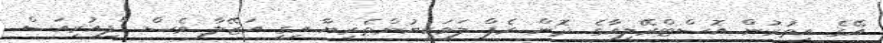
އޭގެ އިތުރުން އޮސްޓްރޭލިއާގެ ދޮން ރެޕް ލަވަކިޔުންތެރިޔާ އިގީ އަޒޭލާ ވެސް "ފިއުރިއަސް